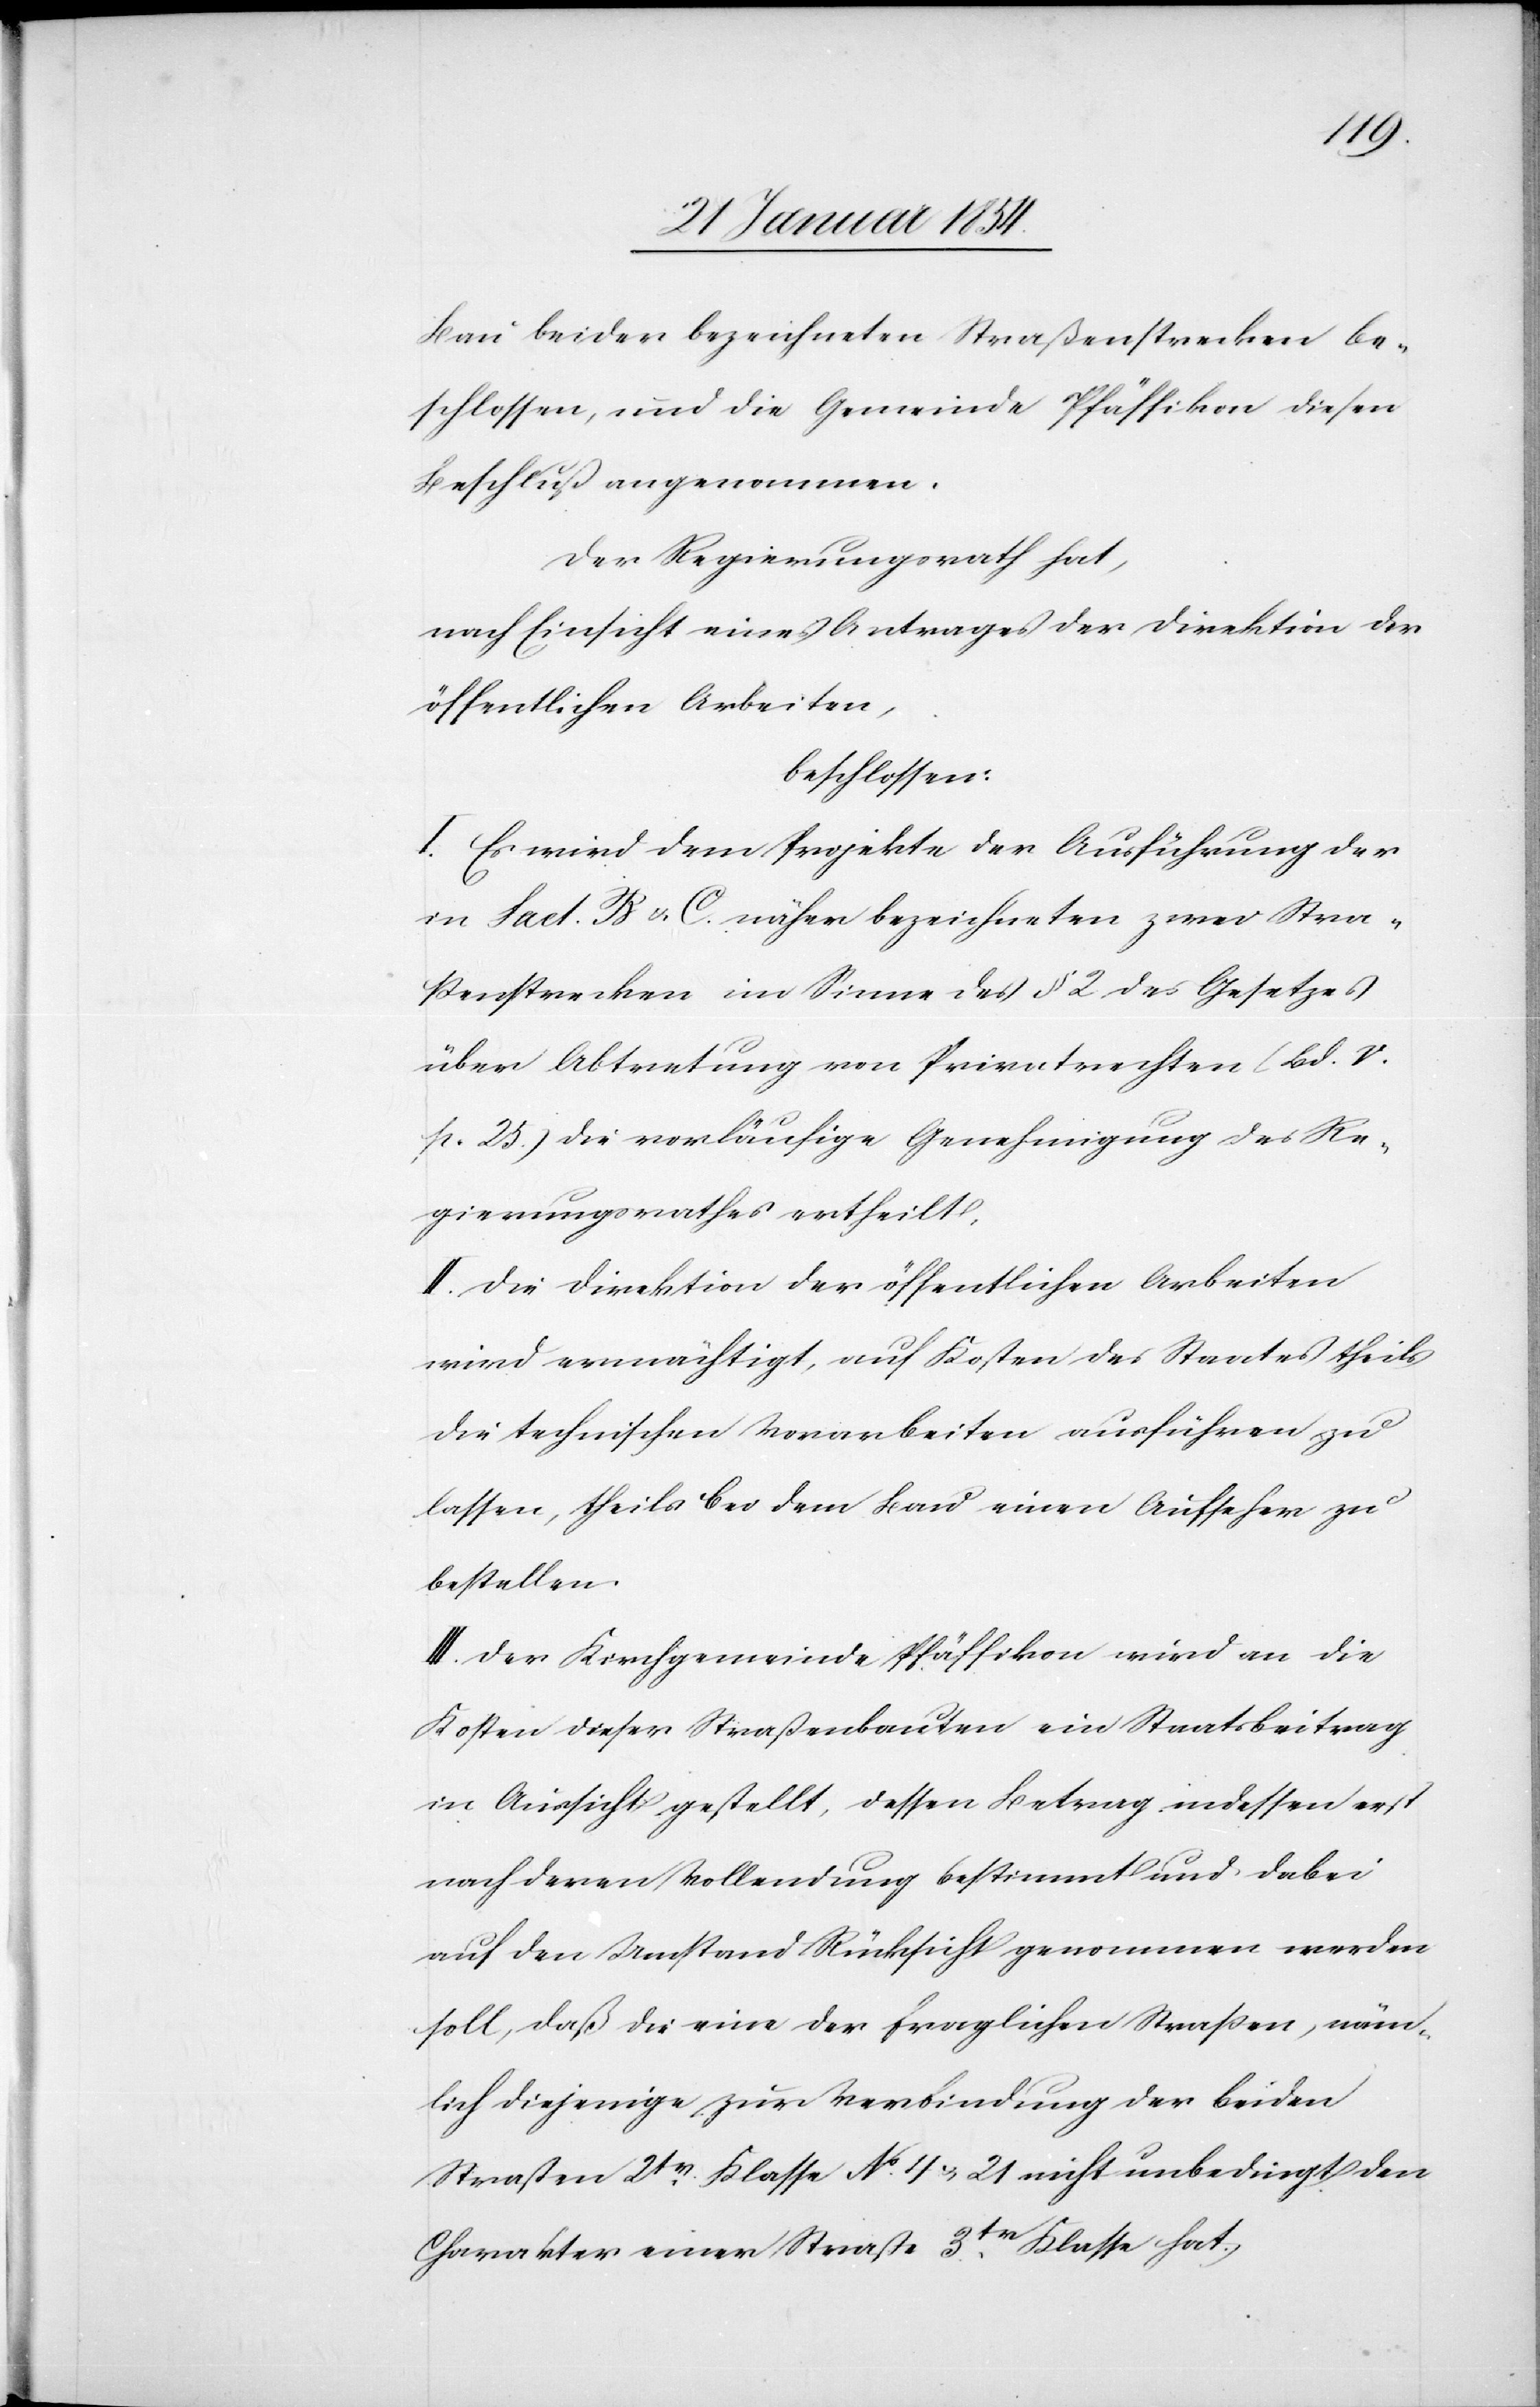
Bau beider bezeichneten Straßenstrecken be¬
schlossen, und die Gemeinde Pfäffikon diesen
Beschluß angenommen.
Der Regierungsrath hat,
nach Einsicht eines Antrages der Direktion der
öffentlichen Arbeiten,
beschlossen:
I. Es wird dem Projekte der Ausführung der
in Fact. B u. C. näher bezeichneten zwei Stra¬
ßenstrecken im Sinne des § 2 des Gesetzes
über Abtretung von Privatrechten (Bd. V.
p. 25.) die vorläufige Genehmigung des Re¬
gierungsrathes ertheilt.
II. Die Direktion der öffentlichen Arbeiten
wird ermächtigt, auf Kosten des Staates theils
die technischen Vorarbeiten ausführen zu
lassen, theils bei dem Bau einen Aufseher zu
bestellen.
III. Der Kirchgemeinde Pfäffikon wird an die
Kosten dieser Straßenbauten ein Staatsbeitrag
in Aussicht gestellt, dessen Betrag indessen erst
nach deren Vollendung bestimmt und dabei
auf den Umstand Rücksicht genommen werden
soll, das die eine der fraglichen Straßen, näm¬
lich diejenige zur Verbindung der beiden
Straßen 2tr Klasse No. 4 & 21 nicht unbedingt den
Charakter einer Straße 3tr Klasse hat.